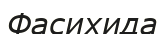
Фасихида